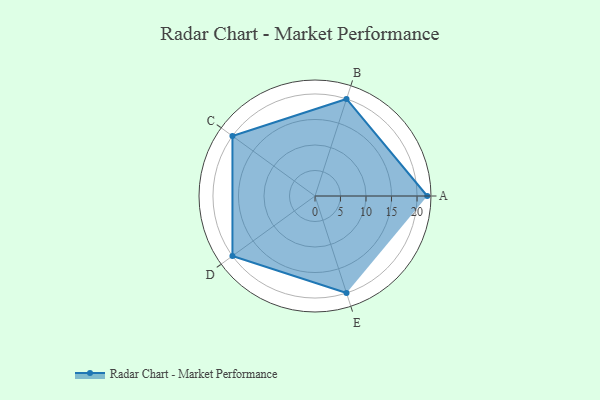
{"axis": {"x": "Skill", "y": "Score"}, "legend": ["Profile"], "data": [{"x": "A", "y": 22.0, "type": "Profile"}, {"x": "B", "y": 20, "type": "Profile"}, {"x": "C", "y": 20, "type": "Profile"}, {"x": "D", "y": 20, "type": "Profile"}, {"x": "E", "y": 20, "type": "Profile"}]}